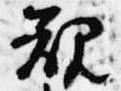
規